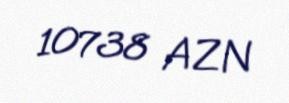
10738 AZN